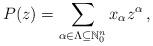
LaTeX: \begin{align*}P(z) = \sum_{\alpha \in \Lambda \subseteq \mathbb{N}_{0}^{n}} x_{\alpha} z^{\alpha} \,,\end{align*}